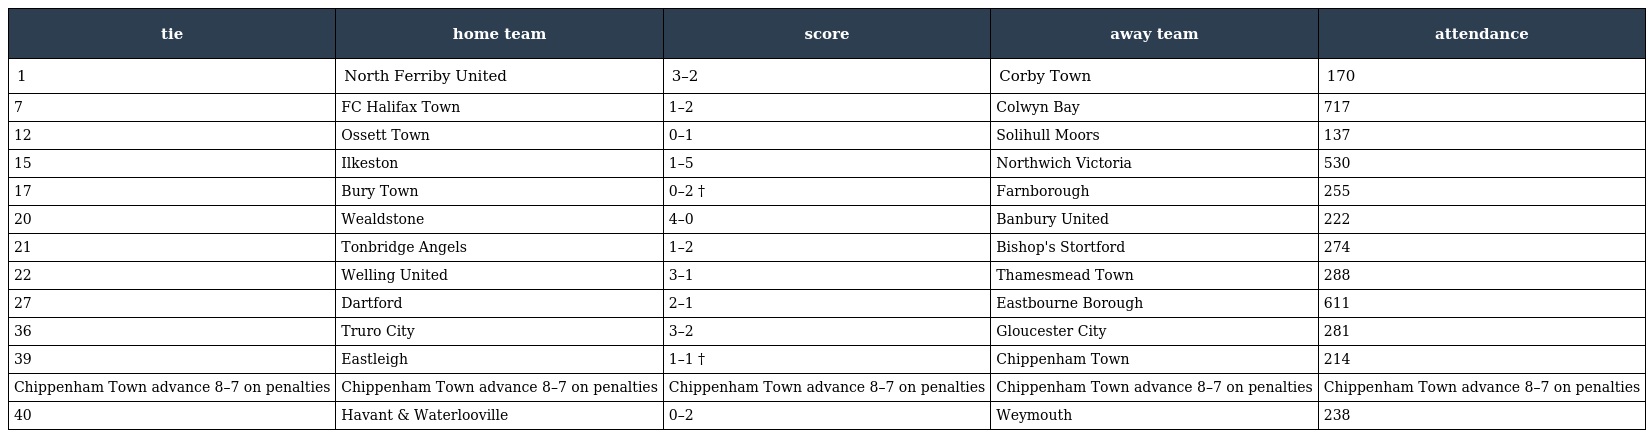
| tie | home team | score | away team | attendance |
 | --- | --- | --- | --- | --- |
 | 1 | North Ferriby United | 3–2 | Corby Town | 170 |
 | 7 | FC Halifax Town | 1–2 | Colwyn Bay | 717 |
 | 12 | Ossett Town | 0–1 | Solihull Moors | 137 |
 | 15 | Ilkeston | 1–5 | Northwich Victoria | 530 |
 | 17 | Bury Town | 0–2 † | Farnborough | 255 |
 | 20 | Wealdstone | 4–0 | Banbury United | 222 |
 | 21 | Tonbridge Angels | 1–2 | Bishop's Stortford | 274 |
 | 22 | Welling United | 3–1 | Thamesmead Town | 288 |
 | 27 | Dartford | 2–1 | Eastbourne Borough | 611 |
 | 36 | Truro City | 3–2 | Gloucester City | 281 |
 | 39 | Eastleigh | 1–1 † | Chippenham Town | 214 |
 | Chippenham Town advance 8–7 on penalties | Chippenham Town advance 8–7 on penalties | Chippenham Town advance 8–7 on penalties | Chippenham Town advance 8–7 on penalties | Chippenham Town advance 8–7 on penalties |
 | 40 | Havant & Waterlooville | 0–2 | Weymouth | 238 |